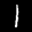
Label: 1